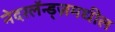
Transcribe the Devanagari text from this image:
नेदरलॅन्ड्ज़मधील